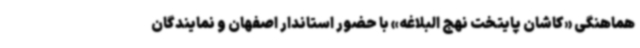
هماهنگی «کاشان پایتخت نهج البلاغه» با حضور استاندار اصفهان و نمایندگان